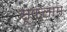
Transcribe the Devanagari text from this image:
सूफलाम